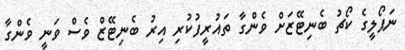
ނަޕޯލީގެ ކޯޗު ބެނިޓޭޒަށް ވެންގާ ތައުރީފުކުރި އިރު ބެނިޓޭޒް ވެސް ވަނީ ވެންގާ